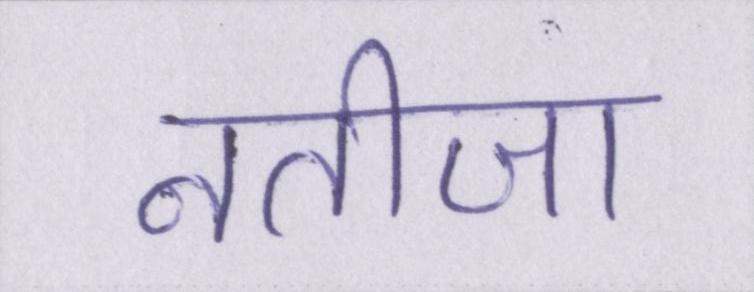
नतीजा